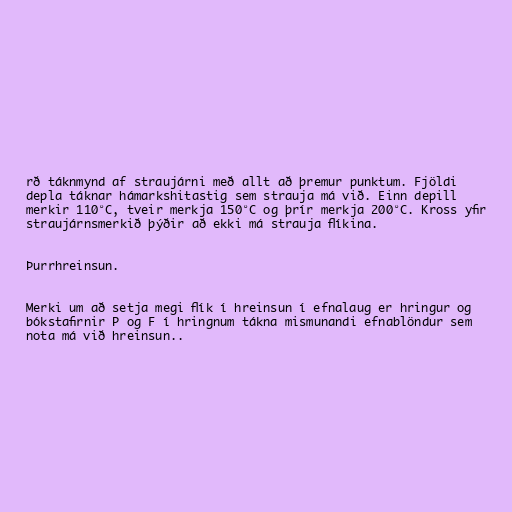
rð táknmynd af straujárni með allt að þremur punktum. Fjöldi
depla táknar hámarkshitastig sem strauja má við. Einn depill
merkir 110°C, tveir merkja 150°C og þrír merkja 200°C. Kross yfir
straujárnsmerkið þýðir að ekki má strauja flíkina.

Þurrhreinsun.

Merki um að setja megi flík í hreinsun í efnalaug er hringur og
bókstafirnir P og F í hringnum tákna mismunandi efnablöndur sem
nota má við hreinsun..